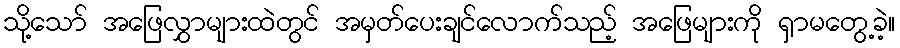
သို့သော် အဖြေလွှာများထဲတွင် အမှတ်ပေးချင်လောက်သည့် အဖြေများကို ရှာမတွေ့ခဲ့။